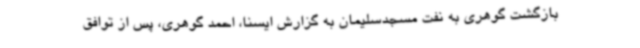
بازگشت گوهری به نفت مسجدسلیمان به گزارش ایسنا، احمد گوهری، پس از توافق